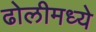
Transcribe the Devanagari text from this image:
ढोलीमध्ये